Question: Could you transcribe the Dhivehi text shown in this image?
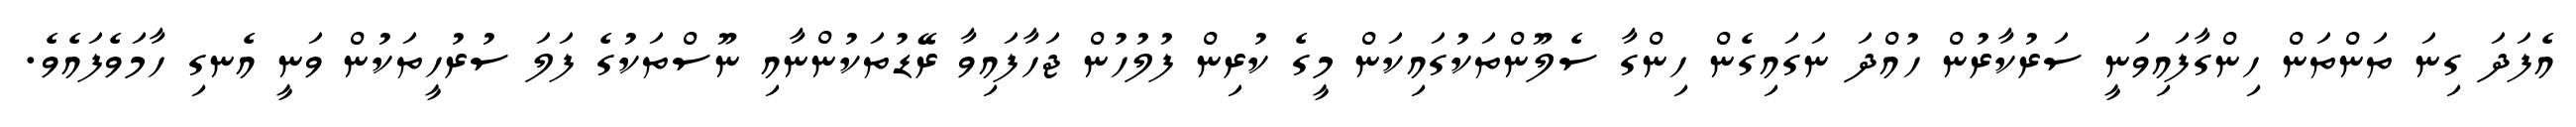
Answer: އެފަދަ ގިނަ ތަންތަން ހިންގާފައިވަނީ ސަރުކާރުން ހުއްދަ ނަގައިގެން ހިންގާ ސެލޫންތަކުގައިކަން މީގެ ކުރިން ފުލުހުން ޖަހާފައިވާ ރޭޑުތަކުންނާއި ނޫސްތަކުގެ ފަލަ ސުރުހީތަކުން ވަނީ އެނގި ހާމަވެފައެވެ.